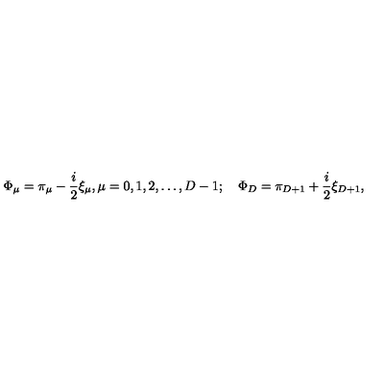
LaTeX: \Phi _ { \mu } = \pi _ { \mu } - \frac { i } { 2 } \xi _ { \mu } , \mu = 0 , 1 , 2 , \ldots , D - 1 ; \quad \Phi _ { D } = \pi _ { D + 1 } + \frac { i } { 2 } \xi _ { D + 1 } , \nonumber \,